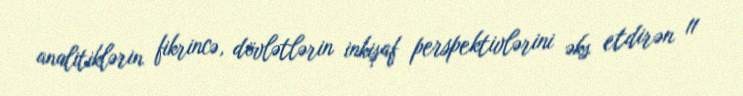
analitiklərin fikrincə, dövlətlərin inkişaf perspektivlərini əks etdirən 11